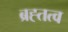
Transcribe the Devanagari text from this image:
ब्रह्तत्व